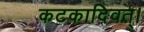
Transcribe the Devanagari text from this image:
कटकादिवत्।